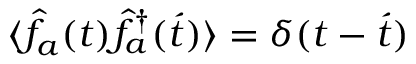
\langle \hat { f } _ { a } ( t ) \hat { f } _ { a } ^ { \dagger } ( \acute { t } ) \rangle = \delta ( t - \acute { t } )